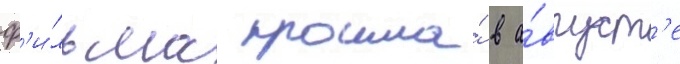
ф'и́льма прошла́ в а́вгуст'е